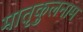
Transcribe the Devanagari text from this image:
मातृकुलनाम